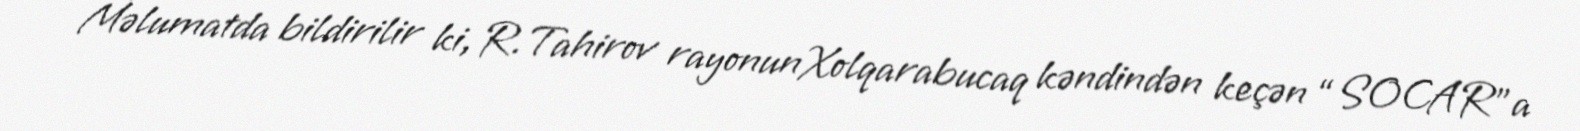
Məlumatda bildirilir ki, R.Tahirov rayonunXolqarabucaq kəndindən keçən “SOCAR”a